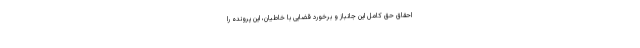
احقاق حق کامل این جانباز و برخورد قضایی با خاطیان، این پرونده را